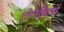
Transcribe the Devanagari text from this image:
तोपचियों